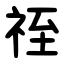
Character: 祬